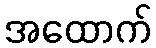
အထောက်